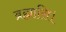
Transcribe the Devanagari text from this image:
ब्रह्मासि।